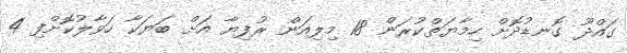
ގައްދޫ ގޮނޑުދޮށް ހިމާޔަތްކުރަން 18 މިލިއަން ރުފިޔާ އަށް ބަޔަކާ ހަވާލުކޮށްފި 4